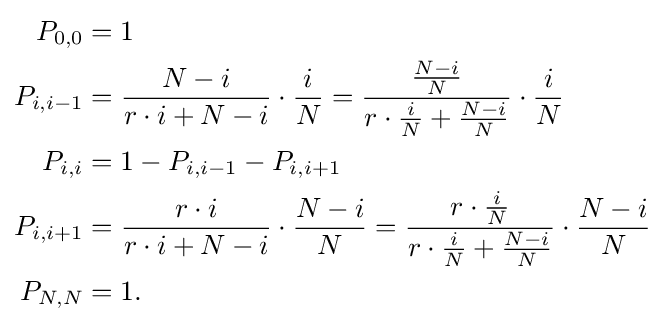
{\begin{aligned}P_{0,0}&=1\\P_{i,i-1}&={\frac {N-i}{r\cdot i+N-i}}\cdot {\frac {i}{N}}={\frac {\frac {N-i}{N}}{r\cdot {\frac {i}{N}}+{\frac {N-i}{N}}}}\cdot {\frac {i}{N}}\\P_{i,i}&=1-P_{i,i-1}-P_{i,i+1}\\P_{i,i+1}&={\frac {r\cdot i}{r\cdot i+N-i}}\cdot {\frac {N-i}{N}}={\frac {r\cdot {\frac {i}{N}}}{r\cdot {\frac {i}{N}}+{\frac {N-i}{N}}}}\cdot {\frac {N-i}{N}}\\P_{N,N}&=1.\end{aligned}}